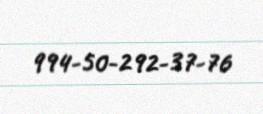
994-50-292-37-76